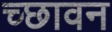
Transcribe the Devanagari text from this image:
च्छावन